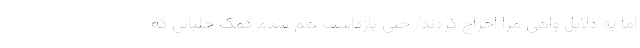
اما به دلایل واهی مرا اخراج کردند/ حتی بازداشت هم شدم کمک خلبانی که